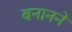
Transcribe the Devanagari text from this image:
बनानने